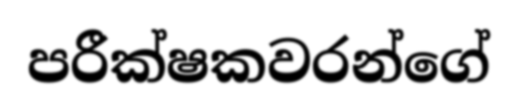
පරීක්ෂකවරන්ගේ